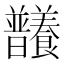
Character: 𣌞